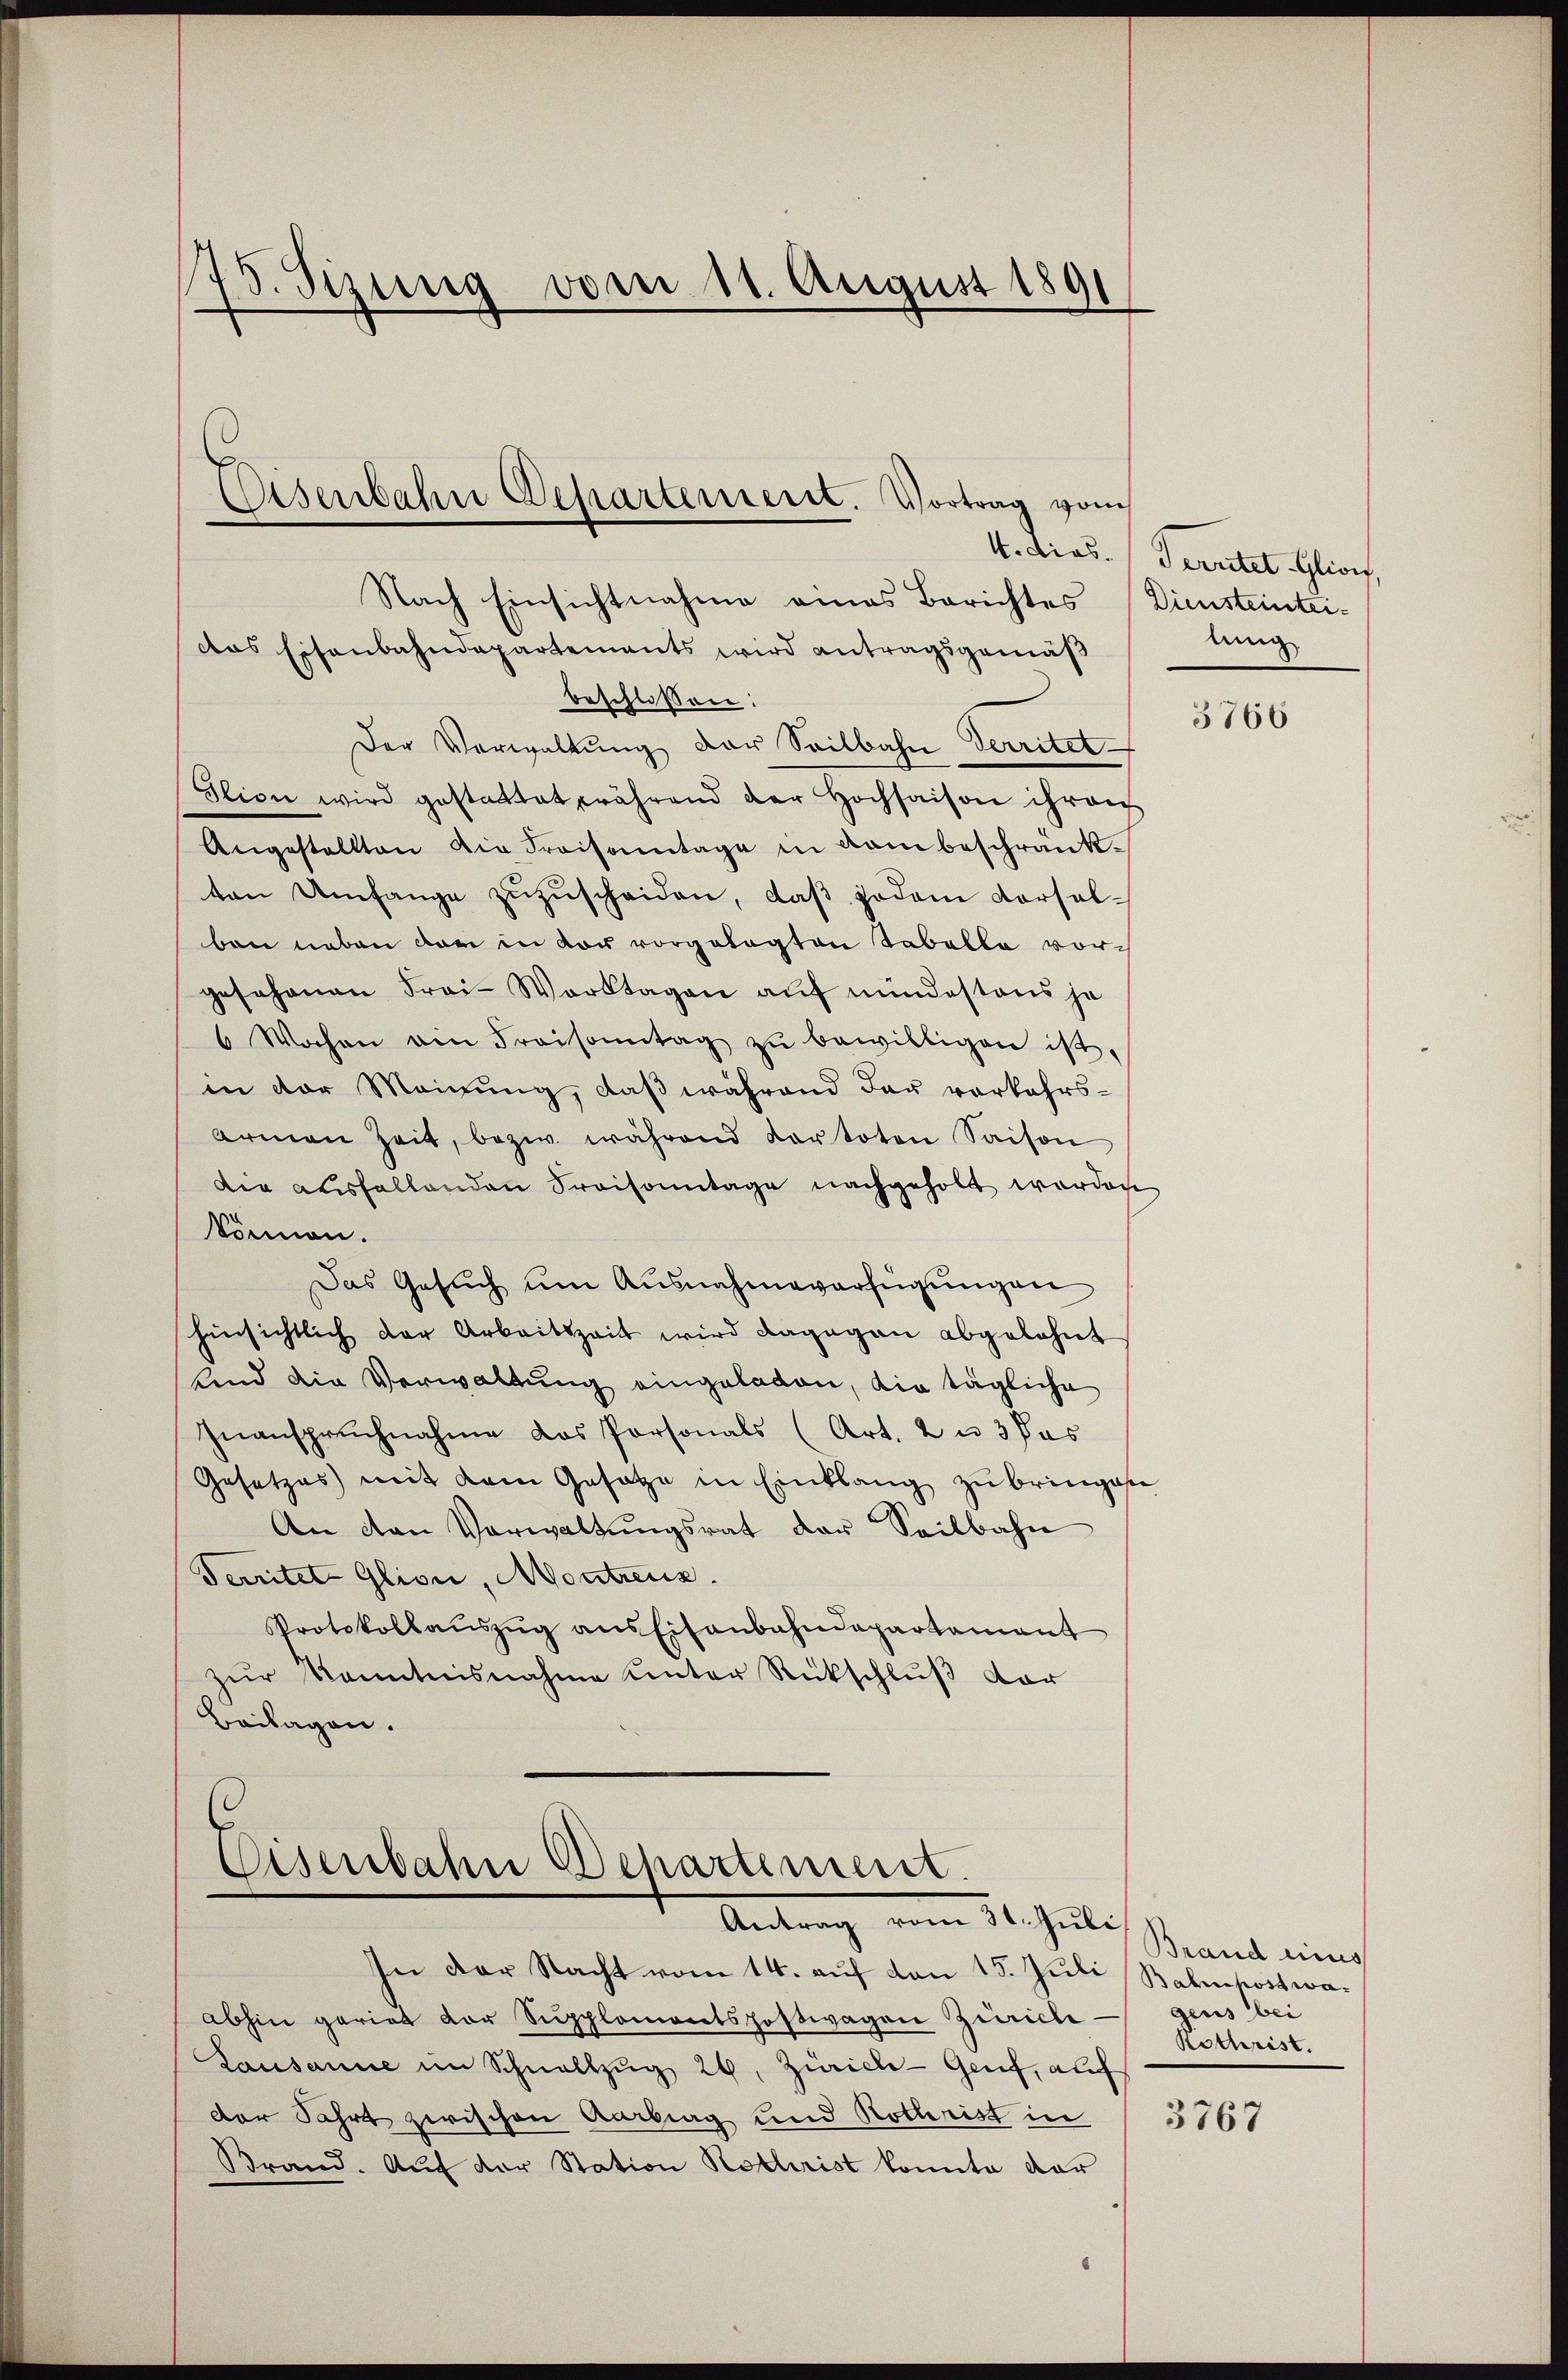
.
F. Sizung vom 11. August 1891

Eisenbahn Departeniert. Vortrag vom

Nach Einsichtnahme eines Berichtes Diensteinteidas Eisenbahndepartements wird antragsgemäß
beschlossen:
Der Verwaltung der Seilbahn Verritet
Glion wird gestattet während der Hochsaison ihren
Angestellten die Praisonntage in dam beschränkten Umfange zŭzŭscheiden, daβ jedem Korsal-
bon neben der in vor vorgelegten Tabelle vorgesehenen Frai-Worktagen auf mindestens je
6 Wochen ain Fraisonntag zŭ bewilligen ist.
in der Meinung, daß während das vorkehrsarmen Zeit, bezw. während Kartoten Saison
Die ausfallenden Praisonntage nachgeholt werden
können.
Das Gesŭch ŭm Aŭsnahmeverfügŭngen
hinsichtlich der Arbeitszeit wird dagegen abgelehnt
lind die Verwaltung eingeladen, die tägliche
Inanspruchnahme das Personals (Art. 2 u 3 Pas
Gesetzes mit dem Gesetze in Einklang zŭ bringen
An den Verwaltŭngsrat der Seilbahn
Territet Glion, Montreuz.
Protokollaŭszŭg ans Eisenbahndepartamant
zŭr Kenntnisnahme unter Rückschlŭβ der
Beilagen.

Eisenbahn Departement.
Antrag vom 31. Juli

In der Nacht vom 14. aŭf von 15. Juli Bahnpostwaabhin gariat der Supplomonts postwagen Zürich gens bei
Lausanne im Schnellzŭg 26, Zürich Genf, auf
Der Fahrt zwischen Aarburg und Rothrist in 316
Brand. Auf der Station Rothrist konnte der

4. dies. (Territet Glion,
lung

3766

Brand eines
Rothrist.